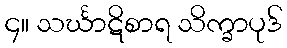
၄။ သင်္ဃာဋိစာရ သိက္ခာပုဒ်